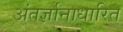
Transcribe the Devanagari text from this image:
अंतर्ज्ञानाधारित